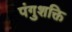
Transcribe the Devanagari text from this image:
पंगुशक्ति